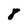
Character: 8